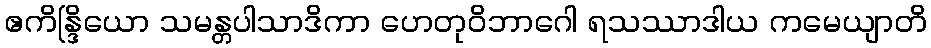
ဧကိန္ဒြိယော သမန္တပါသာဒိကာ ဟေတုဝိဘာဂေါ ရသဿာဒါယ ကမေယျာတိ